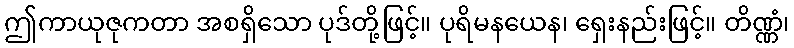
ဤကာယုဇုကတာ အစရှိသော ပုဒ်တို့ဖြင့်။ ပုရိမနယေန၊ ရှေးနည်းဖြင့်။ တိဏ္ဏံ၊